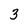
Character: 3